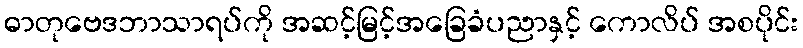
ဓာတုဗေဒဘာသာရပ်ကို အဆင့်မြင့်အခြေခံပညာနှင့် ကောလိပ် အစပိုင်း